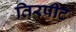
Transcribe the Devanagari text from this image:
तिरपीट